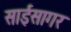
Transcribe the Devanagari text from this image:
साईसागर